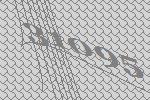
31095